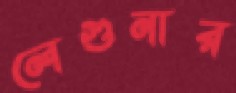
লেগুনার